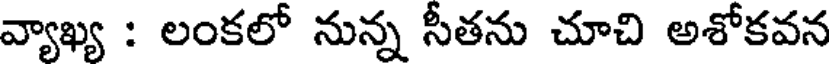
వ్యాఖ్య : లంకలో నున్న సీతను చూచి అశోకవన